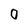
Character: 0